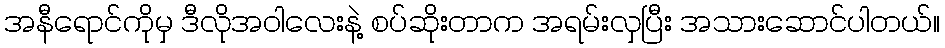
အနီရောင်ကိုမှ ဒီလိုအဝါလေးနဲ့ စပ်ဆိုးတာက အရမ်းလှပြီး အသားဆောင်ပါတယ်။